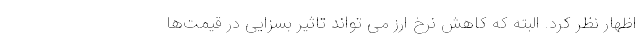
اظهار نظر کرد. البته که کاهش نرخ ارز می تواند تاثیر بسزایی در قیمت‌ها